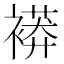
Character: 𧜒